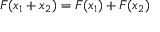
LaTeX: F ( x _ { 1 } + x _ { 2 } ) = F ( x _ { 1 } ) + F ( x _ { 2 } )